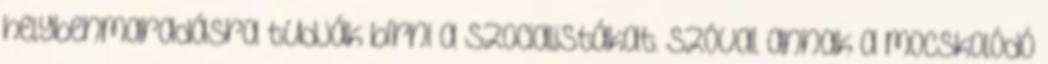
helybenmaradásra tudják bírni a szocialistákat. Szóval annak a mocskolódó